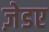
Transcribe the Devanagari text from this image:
ज़ेडए